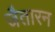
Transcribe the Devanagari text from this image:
जैतारन